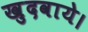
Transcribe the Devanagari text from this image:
खुदवाये।